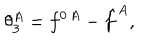
LaTeX: \theta _ { 3 } ^ { A } = f ^ { 0 \, A } - \hat { f } ^ { A } ,